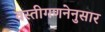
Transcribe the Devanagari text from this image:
वस्तीगणनेनुसार